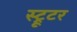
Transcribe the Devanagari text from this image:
स्ट्रूटर